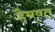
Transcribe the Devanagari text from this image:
हैमवत्